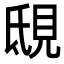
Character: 𧠟